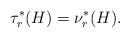
LaTeX: \begin{align*} \tau_r^*(H)=\nu_r^*(H). \end{align*}